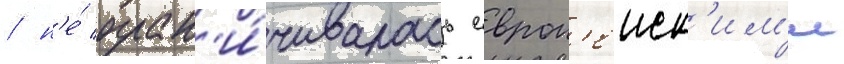
/ н'е́ огран'и́чивалась европ'еиск'им'и